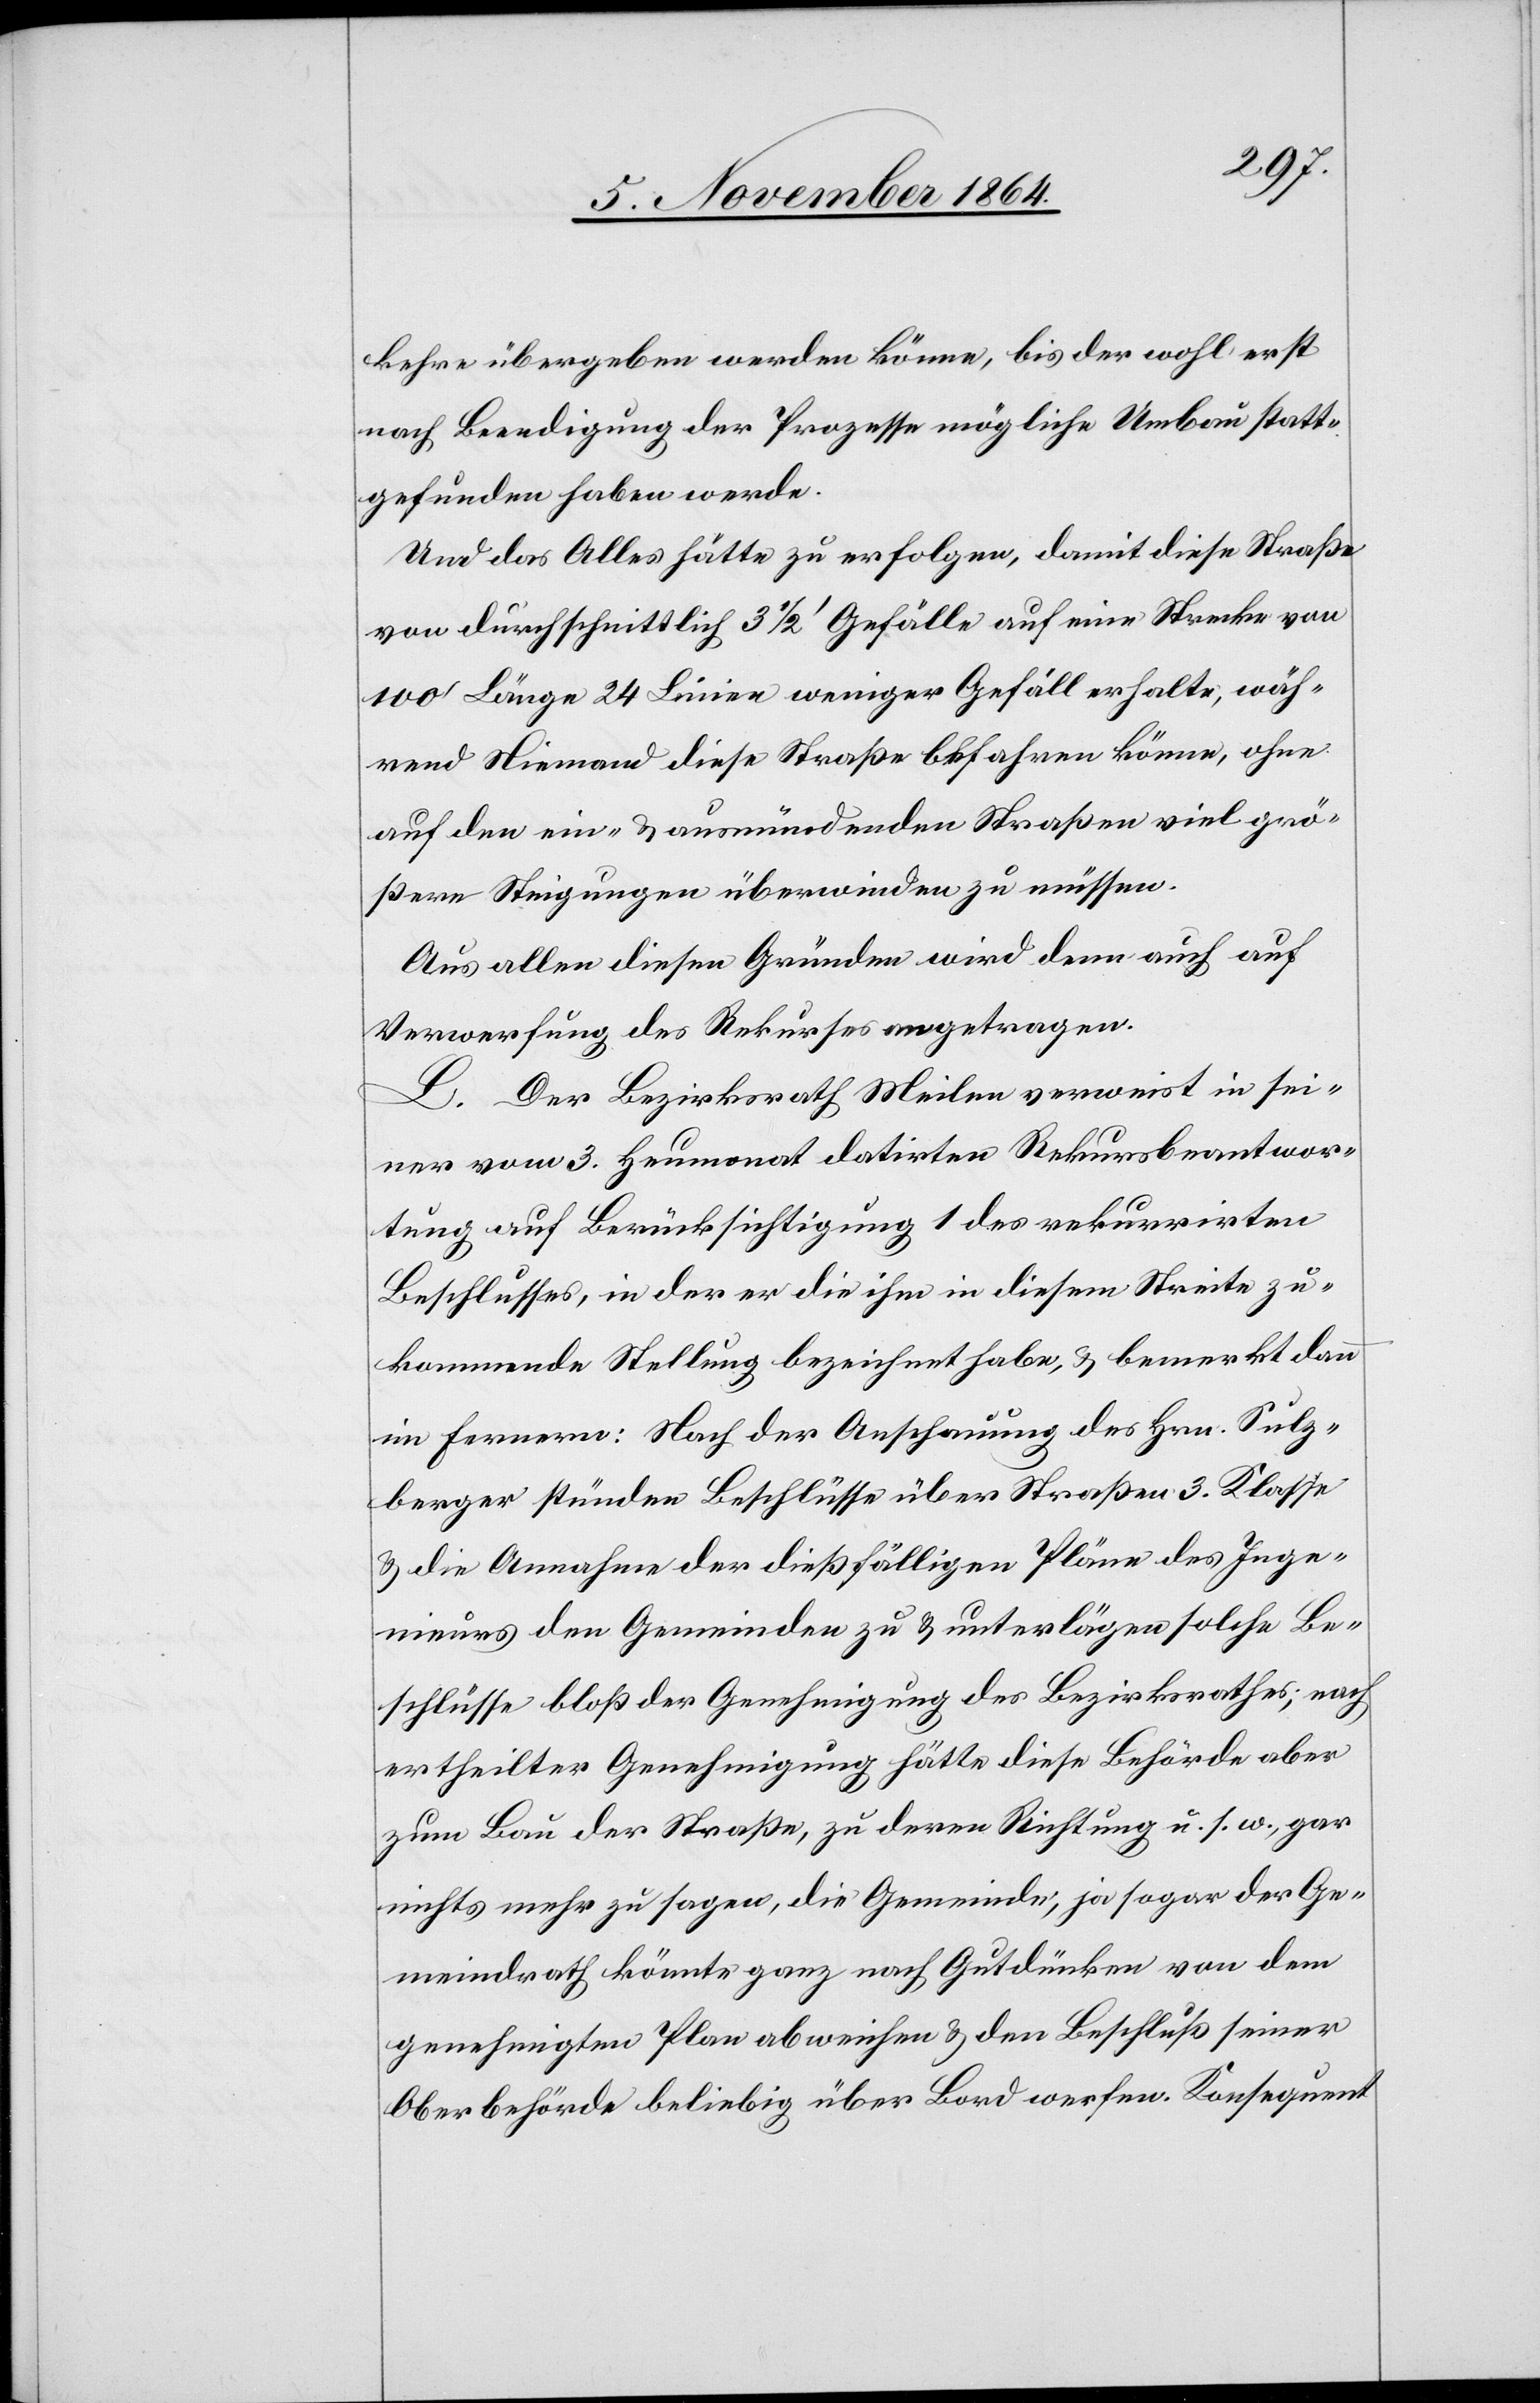
kehr übergeben werden könne, bis der wohl erst
nach Beendigung der Prozesse mögliche Umbau statt¬
gefunden haben werde.
Und das Alles hätte zu erfolgen, damit diese Straße
von durchschnittlich 3 1/2’ Gefälle auf eine Strecke von
100’ Länge 24 Linien weniger Gefäll erhalte, wäh¬
rend niemand diese Straße befahren könne, ohne
auf den ein- & ausmündenden Straßen viel grö¬
ßere Steigungen überwinden zu müssen.
Aus allen diesen Gründen wird denn auch auf
Verwerfung des Rekurses angetragen.
L. Der Bezirksrath Meilen verweist in sei¬
ner vom 3. Heumonat datirten Rekursbeantwor¬
tung auf Berücksichtigung 1 des rekurrirten
Beschlusses, in der er die ihm in diesem Streite zu¬
kommende Stellung bezeichnet habe, & bemerkt dann
im Fernern: Nach der Anschauung des Hrn. Sulz¬
berger stünden Beschlüsse über Straßen 3. Klasse
& die Annahme der dießfälligen Pläne des Inge¬
nieurs den Gemeinden zu & unterlägen solche Be¬
schlüsse bloß der Genehmigung hätte diese Behörde aber
zum Bau der Straße, zu deren Richtung u. s. w., gar
nichts mehr zu sagen, die Gemeinde, ja sogar der Ge¬
meindrath könnte ganz nach Gutdünken von dem
genehmigten Plan abweichen & den Beschluß seiner
Oberbehörde beliebig über Bord werfen. Konsequent